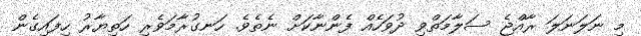
މި ނަލަނަލަ ރާއްޖެ ސަލާމަތްވި ދުވަހެއް ފެންނާކަށް ނެތެވެ. ހަނގުރާމަވެރި ހަތިޔާރު ހިފައިގެން